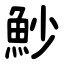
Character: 魦